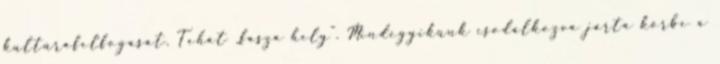
kultúrafelfogását. Tehát „fasza hely”. Mindegyikünk csodálkozva járta körbe a